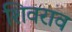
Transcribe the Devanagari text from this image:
शिवराव